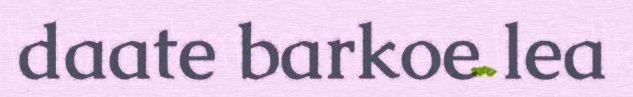
daate barkoe lea